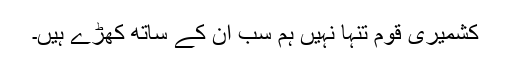
کشمیری قوم تنہا نہیں ہم سب ان کے ساتھ کھڑے ہیں۔